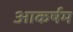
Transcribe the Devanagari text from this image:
आकर्षम